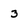
Character: 3